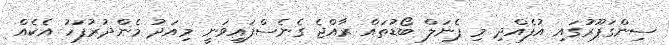
ސިންގަޕޫރުގައި އުފެއްދި މި ޕެނަލް ބޯޑުތައް ރާއްޖެ ގެނެސްފައިވަނީ މިއަދު މެންދުރުފަހު އެކެއް